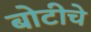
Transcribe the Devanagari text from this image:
बोटीचे